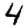
Digit: 4